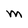
Character: M